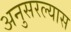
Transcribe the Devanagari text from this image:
अनुसरल्यास